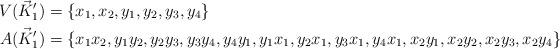
LaTeX: \begin{align*} V(\vec{K}'_1) &= \{x_1,x_2,y_1,y_2,y_3,y_4\} \\ A(\vec{K}'_1) &= \{x_1x_2, y_1y_2,y_2y_3,y_3y_4,y_4y_1, y_1x_1,y_2x_1,y_3x_1,y_4x_1, x_2y_1,x_2y_2,x_2y_3,x_2y_4\} \\\end{align*}